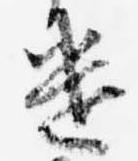
遣